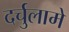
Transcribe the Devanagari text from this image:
दर्चुलामे